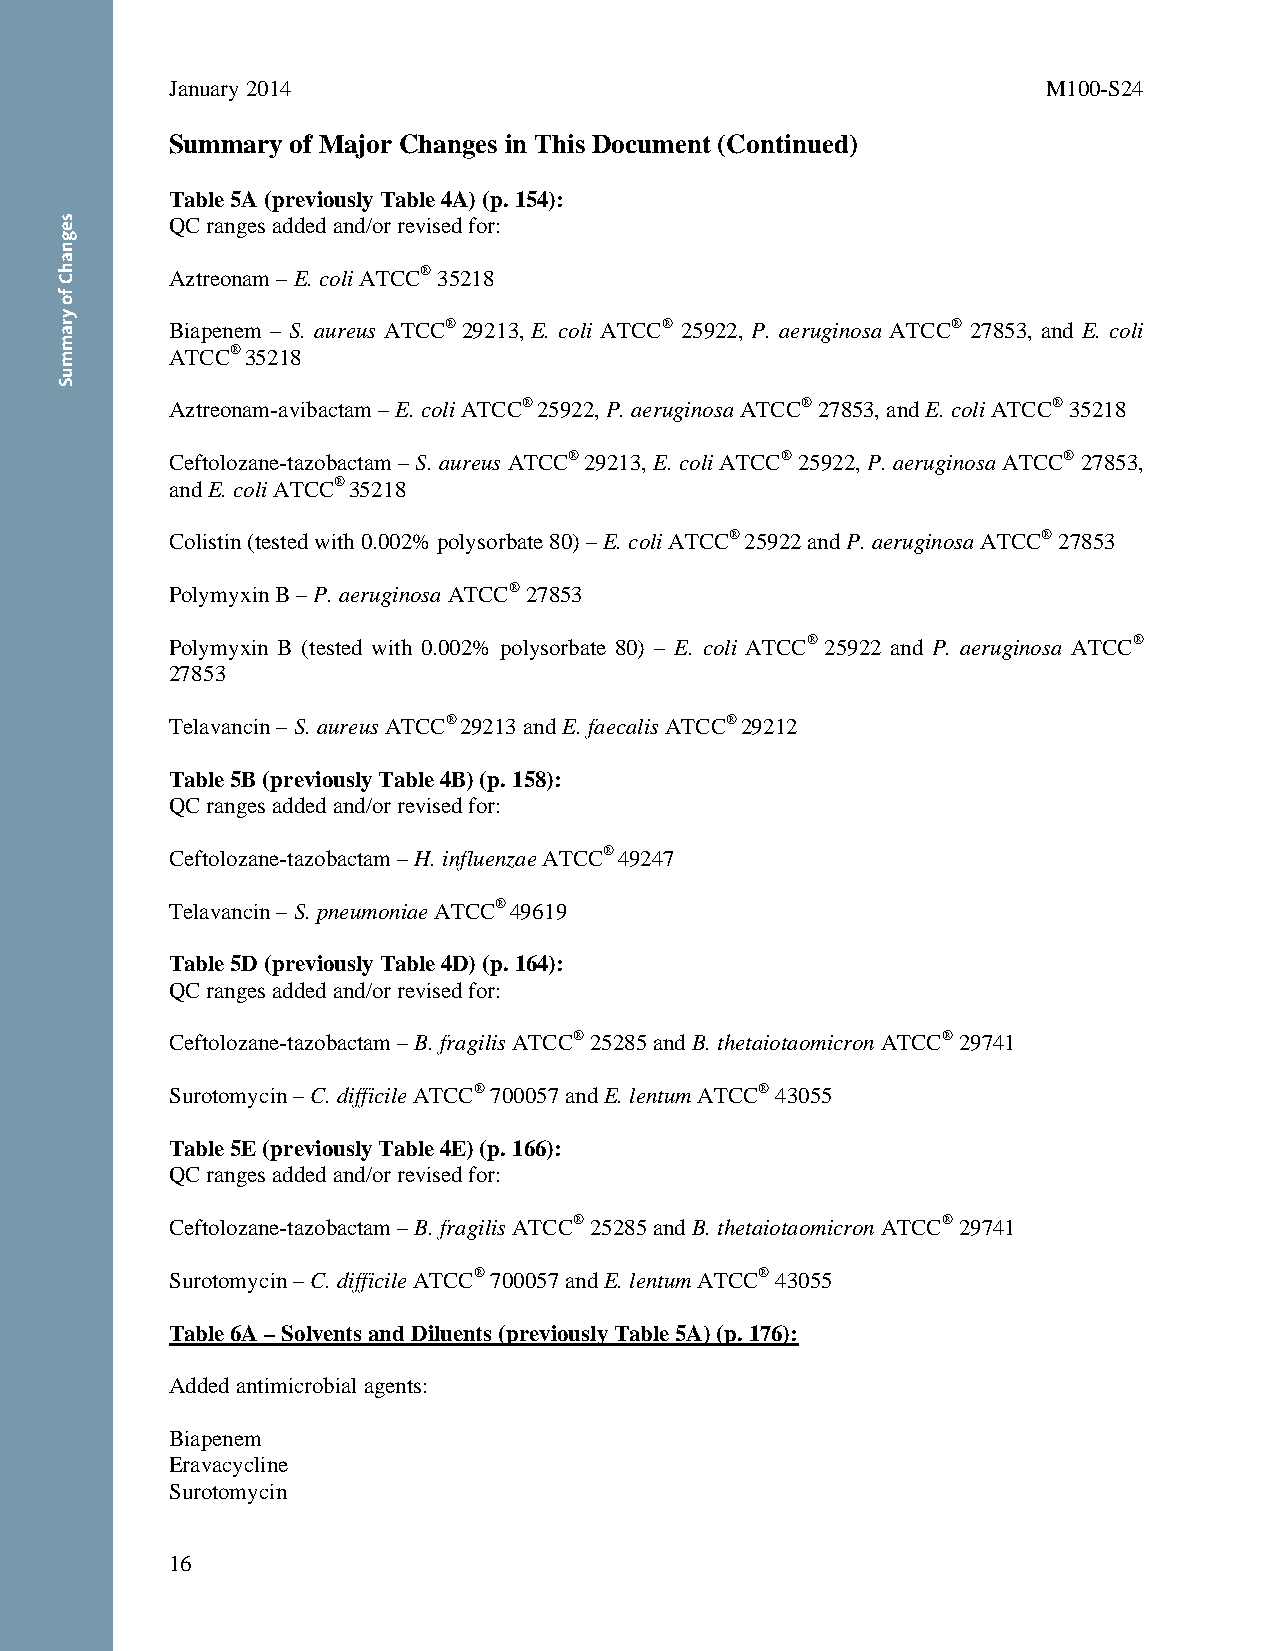
January 2014                                              M100-S24
 Summary of Major Changes in This Document (Continued)
 Table 5A (previously Table 4A) (p. 154):
 QC ranges added and/or revised for:
 Aztreonam – E. coli ATCC® 35218
 Biapenem – S. aureus ATCC® 29213, E. coli ATCC® 25922, P. aeruginosa ATCC® 27853, and E. coli
 ATCC® 35218
 Aztreonam-avibactam – E. coli ATCC® 25922, P. aeruginosa ATCC® 27853, and E. coli ATCC® 35218
 Ceftolozane-tazobactam – S. aureus ATCC® 29213, E. coli ATCC® 25922, P. aeruginosa ATCC® 27853,
 and E. coli ATCC® 35218
 Colistin (tested with 0.002% polysorbate 80) – E. coli ATCC® 25922 and P. aeruginosa ATCC® 27853
 Polymyxin B – P. aeruginosa ATCC® 27853
 Polymyxin B (tested with 0.002% polysorbate 80) – E. coli ATCC® 25922 and P. aeruginosa ATCC®
 27853
 Telavancin – S. aureus ATCC® 29213 and E. faecalis ATCC® 29212
 Table 5B (previously Table 4B) (p. 158):
 QC ranges added and/or revised for:
 Ceftolozane-tazobactam – H. influenzae ATCC® 49247
 Telavancin – S. pneumoniae ATCC® 49619
 Table 5D (previously Table 4D) (p. 164):
 QC ranges added and/or revised for:
 Ceftolozane-tazobactam – B. fragilis ATCC® 25285 and B. thetaiotaomicron ATCC® 29741
 Surotomycin – C. difficile ATCC® 700057 and E. lentum ATCC® 43055
 Table 5E (previously Table 4E) (p. 166):
 QC ranges added and/or revised for:
 Ceftolozane-tazobactam – B. fragilis ATCC® 25285 and B. thetaiotaomicron ATCC® 29741
 Surotomycin – C. difficile ATCC® 700057 and E. lentum ATCC® 43055
 Table 6A – Solvents and Diluents (previously Table 5A) (p. 176):
 Added antimicrobial agents:
 Biapenem
 Eravacycline
 Surotomycin
 16
 Thisdocumentisprotectedbycopyright.
 PublishedOn1/1/2014.
 segnahC
 fo
 yrammuS